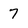
Character: 7